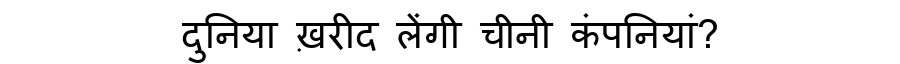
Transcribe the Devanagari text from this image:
दुनिया ख़रीद लेंगी चीनी कंपनियां?